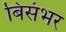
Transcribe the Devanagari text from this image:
बिसंभर